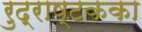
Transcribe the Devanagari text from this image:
रुद्राष्टकका